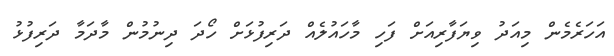
އަހަރެމެން މިއަދު ވިޔަފާރިއަށް ފަހި މާހައުލެއް ދަރިފުޅަށް ހޯދަ ދިނުމުން މާދަމާ ދަރިފުޅު